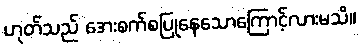
ဟုတ်သည် အေးစက်စပြုနေသောကြောင့်လားမသိ။